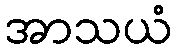
အာသယံ